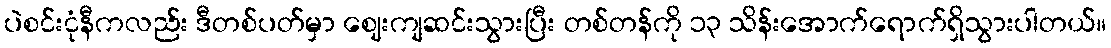
ပဲစင်းငုံနီကလည်း ဒီတစ်ပတ်မှာ ဈေးကျဆင်းသွားပြီး တစ်တန်ကို ၁၃ သိန်းအောက်ရောက်ရှိသွားပါတယ်။